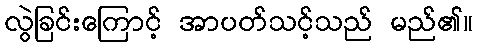
လွဲခြင်းကြောင့် အာပတ်သင့်သည် မည်၏။